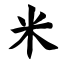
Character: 米